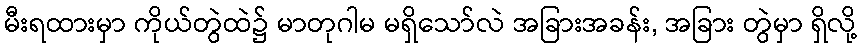
မီးရထားမှာ ကိုယ်တွဲထဲ၌ မာတုဂါမ မရှိသော်လဲ အခြားအခန်း, အခြား တွဲမှာ ရှိလို့